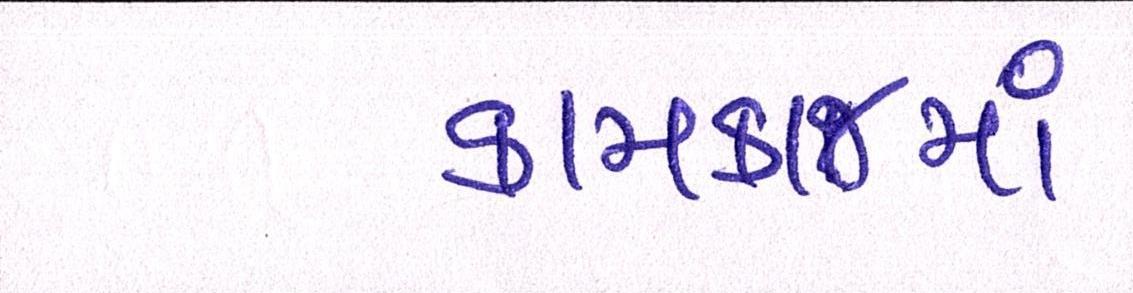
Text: કામકાજમાં